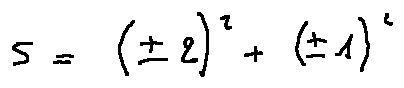
5 = ( \pm 2 ) ^ { 2 } + ( \pm 1 ) ^ { 2 }